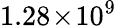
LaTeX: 1.28\! \times\! 10^{9}